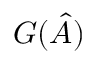
\boldsymbol { G } ( \boldsymbol { \hat { A } } )